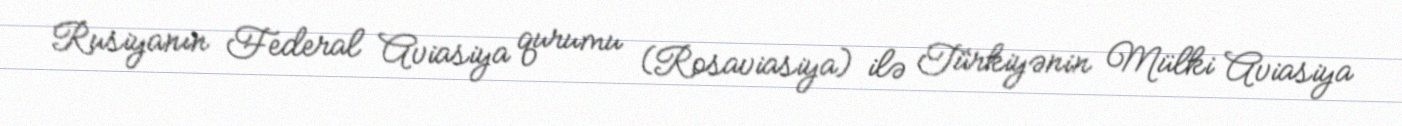
Rusiyanın Federal Aviasiya qurumu (Rosaviasiya) ilə Türkiyənin Mülki Aviasiya